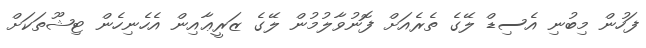
ފަހުން މިބުނި އެސިޑް ލޭގެ ތެރެއަށް ފޮނުވާލުމުން ލޭގެ ޒަރީޢާއިން އެހެނިހެން ޓިޝޫތަކަށް